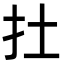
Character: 扗